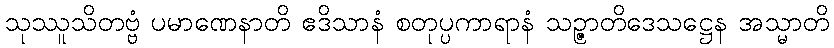
သုဿူသိတဗ္ဗံ ပမာဏေနာတိ ဧဒိသာနံ စတုပ္ပကာရာနံ သဉ္ဇာတိဒေသဋ္ဌေန အသ္မာတိ